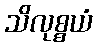
သိလုစ္စယံ